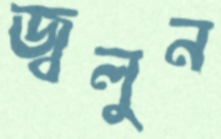
জ্বলুন